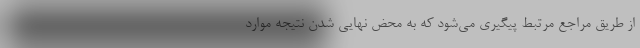
از طریق مراجع مرتبط پیگیری می‌شود که به‌ محض نهایی شدن نتیجه موارد